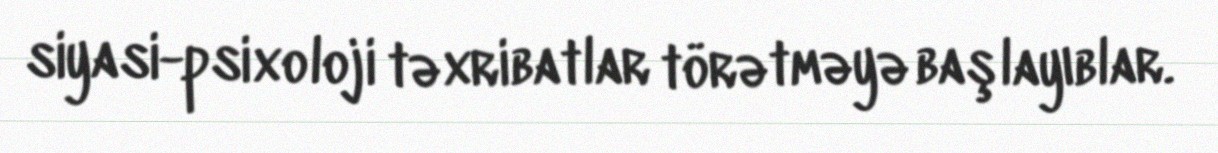
siyasi-psixoloji təxribatlar törətməyə başlayıblar.